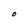
Character: O